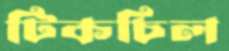
টিকচিল